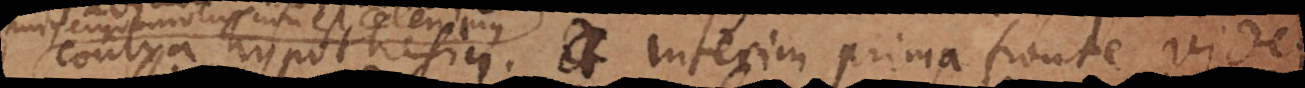
contra hypothesin. Interim prima fronte videri